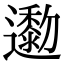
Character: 𨘯